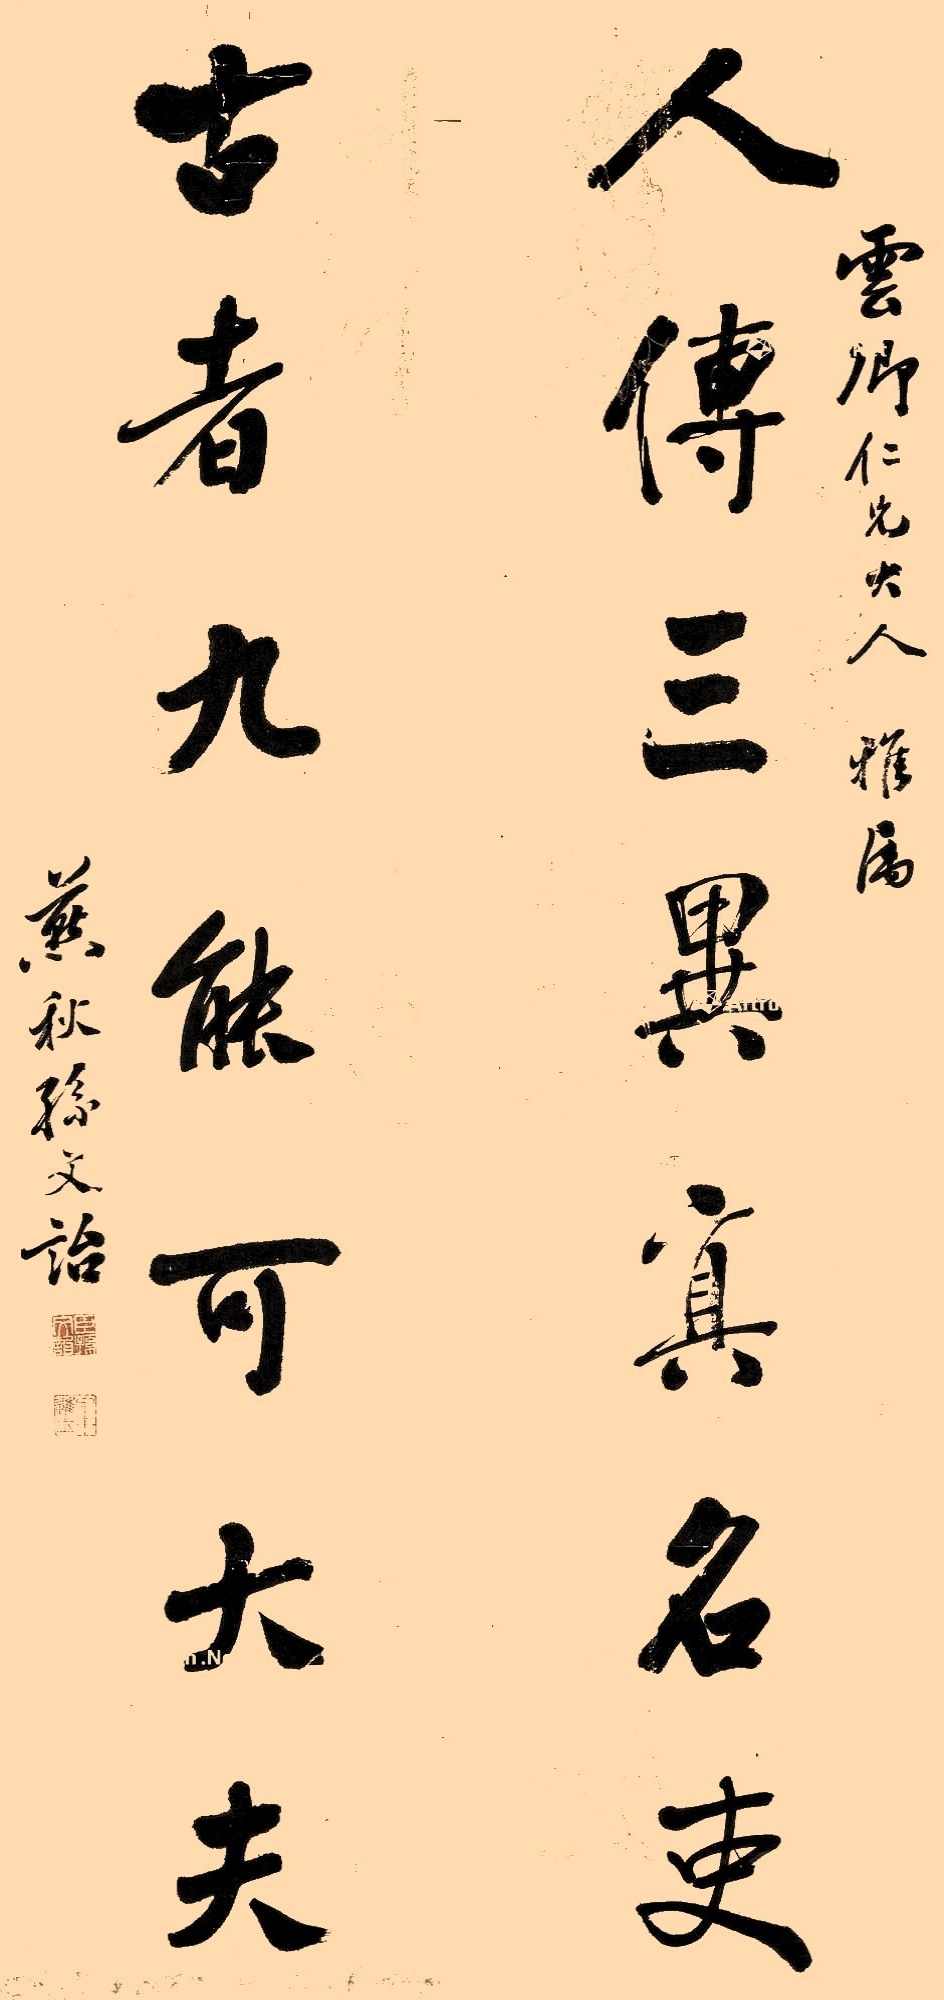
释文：人传三异真名吏，古者九能可大夫。云卿仁兄大人雅属，燕秋孙文诒。